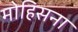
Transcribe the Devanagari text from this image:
मोहिसना